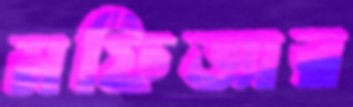
মফিজার